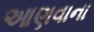
આણવાના